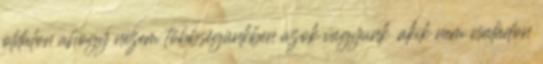
oldalon ahogy nézem többségünkben azok vagyunk ,akik nem családon